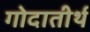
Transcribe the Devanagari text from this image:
गोदातीर्थ